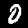
Label: 0